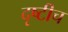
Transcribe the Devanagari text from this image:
दृष्टीच